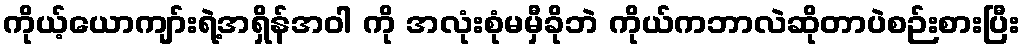
ကိုယ့်ယောကျာ်းရဲ့အရှိန်အဝါ ကို အလုံးစုံမမှီခိုဘဲ ကိုယ်ကဘာလဲဆိုတာပဲစဉ်းစားပြီး